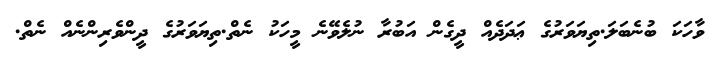
ވާހަކަ ބުނެބަލަ.ތިޔަވަރުގެ ޢަދަދެއް ދީގެން އަބުރާ ނުލެވޭނެ މީހަކު ނެތް.ތިޔަވަރުގެ ދީންވެރިންނެއް ނެތް.